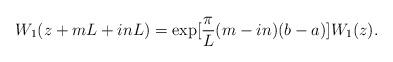
LaTeX: \begin{align*}W_{1}(z+mL+inL)=\exp [\frac{\pi}{L}(m-in)(b-a)]W_{1}(z).\end{align*}